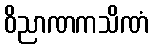
ဝိညာဏကသိဏံ